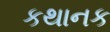
કથાનક